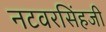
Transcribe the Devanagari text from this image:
नटवरसिंहजी